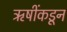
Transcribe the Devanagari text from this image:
ऋषींकडून